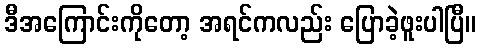
ဒီအကြောင်းကိုတော့ အရင်ကလည်း ပြောခဲ့ဖူးပါပြီ။